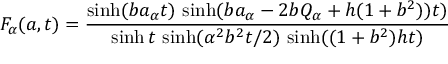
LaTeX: F _ { \alpha } ( a , t ) = \frac { \sinh ( b a _ { \alpha } t ) \, \sinh ( b a _ { \alpha } - 2 b Q _ { \alpha } + h ( 1 + b ^ { 2 } ) ) t ) } { \sinh t \, \sinh ( \alpha ^ { 2 } b ^ { 2 } t / 2 ) \, \sinh ( ( 1 + b ^ { 2 } ) h t ) }